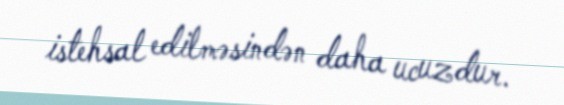
istehsal edilməsindən daha ucuzdur.